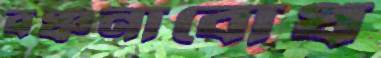
বঞ্চনাবোধ